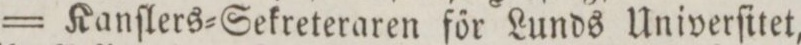
= Kanſlers=Sekreteraren főr Lunds Univerſitet,